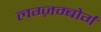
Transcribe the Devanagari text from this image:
लग्ज़म्बोर्ग